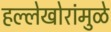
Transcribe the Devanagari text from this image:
हल्लेखोरांमुळे